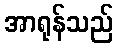
အာရုန်သည်